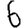
Digit: 6